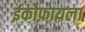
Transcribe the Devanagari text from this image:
ईकोफ़ायला